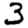
Digit: 3